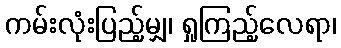
ကမ်းလုံးပြည့်မျှ၊ ရှုကြည့်လေရာ၊